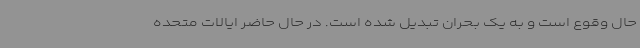
حال وقوع است و به یک بحران تبدیل شده است. در حال حاضر ایالات متحده